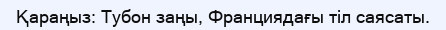
Қараңыз: Тубон заңы, Франциядағы тіл саясаты.